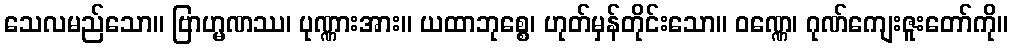
သေလမည်သော။ ဗြာဟ္မဏဿ၊ ပုဏ္ဏားအား။ ယထာဘုစ္စေ၊ ဟုတ်မှန်တိုင်းသော။ ဝဏ္ဏေ၊ ဂုဏ်ကျေးဇူးတော်ကို။